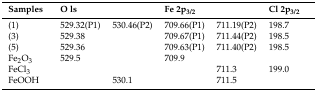
<table><thead><tr><td><b>Samples</b></td><td colspan="2"><b>O ls</b></td><td colspan="2"><b>Fe 2p<sub>3/2</sub></b></td><td><b>Cl 2p<sub>3/2</sub></b></td></tr></thead><tbody><tr><td>(1)</td><td>529.32(P1)</td><td>530.46(P2)</td><td>709.66(P1)</td><td>711.19(P2)</td><td>198.7</td></tr><tr><td>(3)</td><td>529.38</td><td></td><td>709.67(P1)</td><td>711.44(P2)</td><td>198.5</td></tr><tr><td>(5)</td><td>529.36</td><td></td><td>709.63(P1)</td><td>711.40(P2)</td><td>198.5</td></tr><tr><td>Fe<sub>2</sub>O<sub>3</sub></td><td>529.5</td><td></td><td>709.9</td><td></td><td></td></tr><tr><td>FeCl<sub>3</sub></td><td colspan="2"></td><td></td><td>711.3</td><td>199.0</td></tr><tr><td>FeOOH</td><td></td><td>530.1</td><td></td><td>711.5</td><td></td></tr></tbody></table>